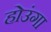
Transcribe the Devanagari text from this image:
होउंगा